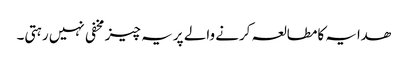
ھدایہ کامطالعہ کرنے والے پر یہ چیز مخفی نہیں رہتی۔